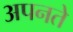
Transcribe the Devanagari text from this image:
अपनते